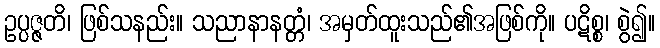
ဥပ္ပဇ္ဇတိ၊ ဖြစ်သနည်း။ သညာနာနတ္တံ၊ အမှတ်ထူးသည်၏အဖြစ်ကို။ ပဋိစ္စ၊ စွဲ၍။